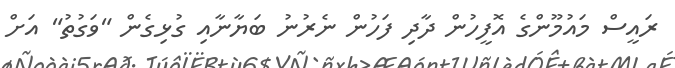
ރައީސް މައުމޫންގެ އޮފީހުން ދާދި ފަހުން ނެރުނު ބަޔާނާއި ގުޅިގެން "ވަގުތު" އަށް